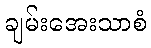
ချမ်းအေးသာစံ